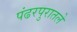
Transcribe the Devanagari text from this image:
पंढरपुरातले